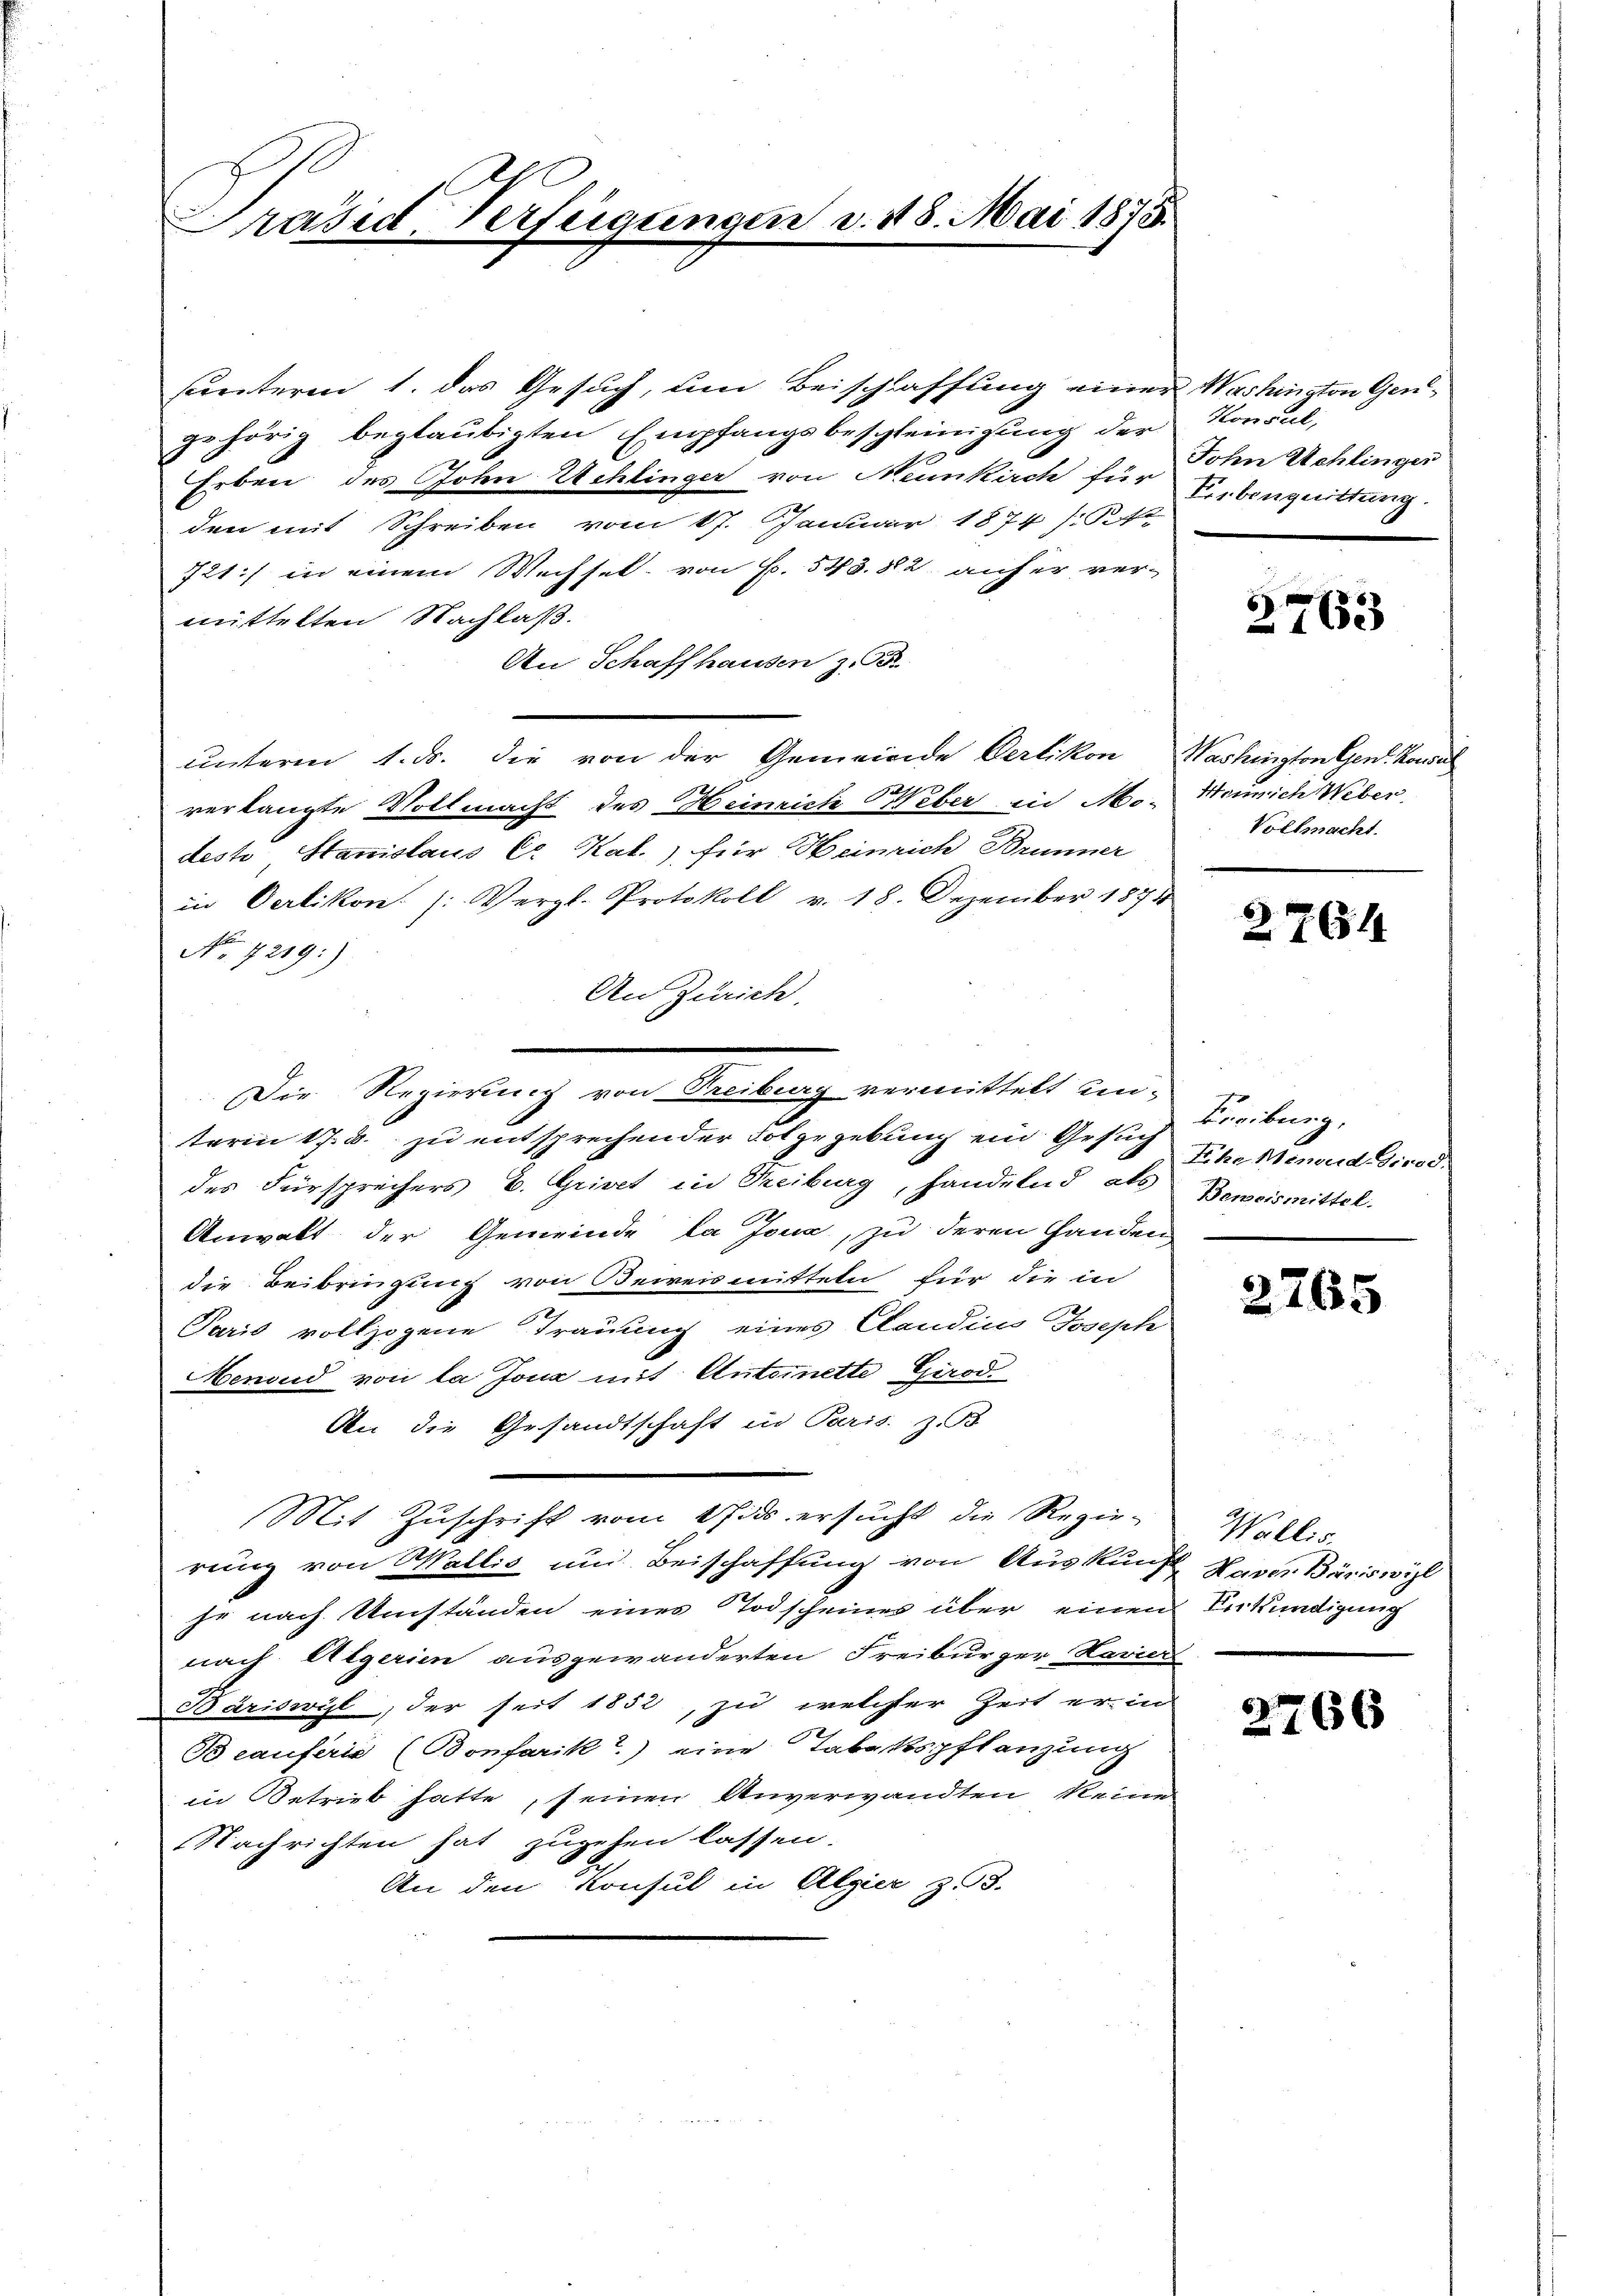
Präsid. Verfügungen v. 18. Mai 1875.

sunteren 1. das Gesuch, um Beischaffung einer Washington Gengehörig beglaubigten Empfangsbeschleinigung der
Erben des Johen Uehlinger von Neunkirch für Erbenquittung
den mit Schreiben vom 17. Januar 1874 d
721:/ in einem Wechsel von Fr. 543. 882 auf er vermittelten Nachlaß.
An Schaffhausen z. B.
Unterm 1. ds. die von der Gemeinde Oerlikon
verlangte Vollmacht des Heinrich Weber in Mo-
deste Hanislaus Cr Kat.) für Heinrich Brunner
in Oerlikon. (: Vergl. Protokoll v. 18. Dezember 1874
No 7219:)
An Zürich,
term 17. d. zu entsprechender Folgegebung ein Gesuch sehe Menouddirod.
des Fürsprechers E. Griret in Treiburg, handelnd als Beweismittel.
Anwalt der Gemeinde la Jona, zu deren Handen,
die Beibringung von Beweismitteln für die in
Paris vollzogene Trauung eines Candins Joseph
Menoud von la Jona mit Antoinette Girod
An die Gesandtschaft in Paris. z. B.
Mit Zuschrift vom 1 Jits ersucht die Regier-
rung von Wallis und Beischaffung von Auskunft Naver Bäriswil
je nach Umständen eines Todscheines über einen Verkündigung
nach Algerien ausgewanderten Freiburger Havier
Bäriswyl, der seit 1852, zu welcher Zeit er in
Bcauferie (Bonfarika) eine Tabakspflanzung
in Betrieb hatte, seinen Anverwandten keine
Nachrichten hat zugehen lassen.
An den Konsul in Algier z 3.

Die Regierung von Treiberg vermittelt un-

Konsul,
John Schlinger

2763

Washington Gen. Konsul
Heinrich Weber
Vollmacht.

264

Freiburg,

2765

Wallis

2766